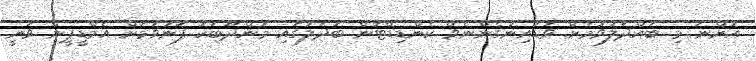
އޮންނަ މި ބައްދަލުވުމަށް ވަޑައިނުގެންނެވޭ ކެންޑިޑޭޓުން ބަދަލުގައި މަންދޫބަކު ފޮނުވުމަށް އެމްޑީޕީން ވަނީ